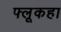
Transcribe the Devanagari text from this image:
फ्लूकहा